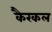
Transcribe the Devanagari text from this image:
कैरकल